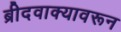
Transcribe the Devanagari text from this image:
ब्रीदवाक्यावरून